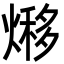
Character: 熪